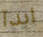
ابدآ